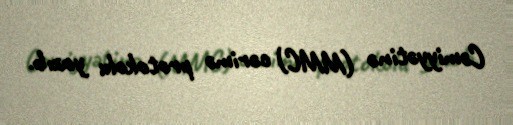
Cəmiyyətinə (MMC) cərimə protokolu yazıb.